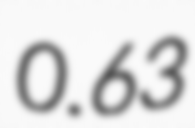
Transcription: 0.63